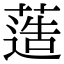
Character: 䔏